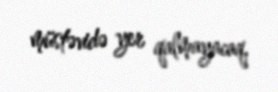
müstəvidə yer qalmayacaq.